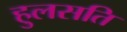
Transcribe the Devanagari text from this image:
हुलसति